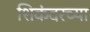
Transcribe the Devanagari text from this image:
शिकंदरच्या